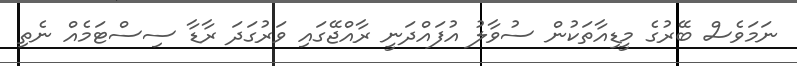
ނަމަވެސް ބޭރުގެ މީޑިއާތަކުން ސުވާލު އުފައްދަނީ ރާއްޖޭގައި ވަރުގަދަ ރާޑާ ސިސްޓަމެއް ނެތި